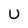
Character: U